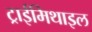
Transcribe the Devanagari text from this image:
ट्राईमिथाइल